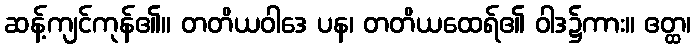
ဆန့်ကျင်ကုန်၏။ တတိယဝါဒေ ပန၊ တတိယထေရ်၏ ဝါဒ၌ကား။ ဧတ္ထ၊